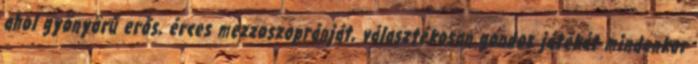
ahol gyönyörű erős, érces mezzoszopránját, választékosan gondos játékát mindenkor